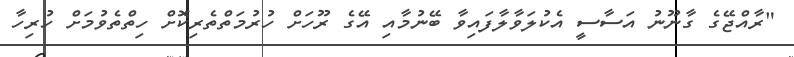
"ރާއްޖޭގެ ގާނޫނު އަސާސީ އެކުލަވާލާފައިވާ ބޭނުމާއި އޭގެ ރޫހަށް ހުރުމަތްތެރިކޮށް ހިތްތެވުމަށް ހުރިހާ